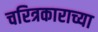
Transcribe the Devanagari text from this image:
चरित्रकाराच्या